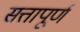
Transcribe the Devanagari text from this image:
सत्तापूर्ण